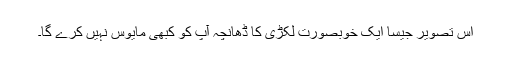
اِس تصویر جیسا ایک خوبصورت لکڑی کا ڈھانچہ آپ کو کبھی مایوس نہیں کرے گا۔